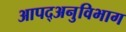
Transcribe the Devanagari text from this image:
आपद्अनुविभाग